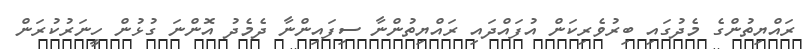
ރައްޔިތުންގެ މެދުގައި ބިރުވެރިކަން އުފައްދައި ރައްޔިތުންނާ ސިފައިންނާ ދެމެދު އޮންނަ ގުޅުން ހީނަރުކުރަން